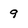
Character: 9